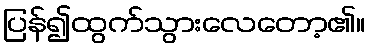
ပြန်၍ထွက်သွားလေတော့၏။